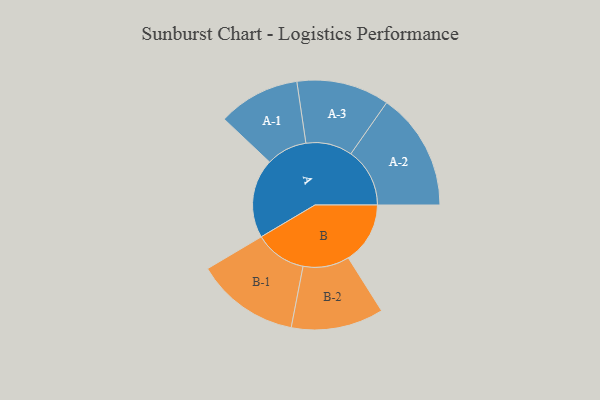
{"axis": {"x": "Segment", "y": "Value"}, "legend": ["", "A", "B"], "data": [{"x": "A", "y": 401, "type": ""}, {"x": "B", "y": 313, "type": ""}, {"x": "A-1", "y": 207, "type": "A"}, {"x": "A-2", "y": 298, "type": "A"}, {"x": "A-3", "y": 235, "type": "A"}, {"x": "B-1", "y": 262, "type": "B"}, {"x": "B-2", "y": 234, "type": "B"}]}